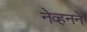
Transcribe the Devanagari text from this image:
नेव्हनने